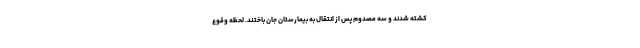
کشته شدند و سه مصدوم پس از انتقال به بیمارستان جان باختند. لحظه وقوع